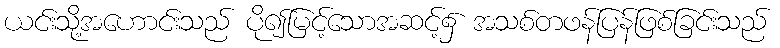
ယင်းသို့အဟောင်းသည် ပို၍မြင့်သောအဆင့်၌ အသစ်တဖန်ပြန်ဖြစ်ခြင်းသည်